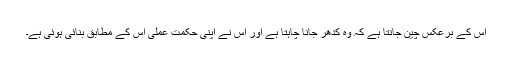
اس کے برعکس چین جانتا ہے کہ وہ کدھر جانا چاہتا ہے اور اس نے اپنی حکمت عملی اس کے مطابق بنائی ہوئی ہے۔